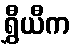
ရွှီယီက